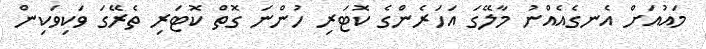
މައުއަށް އެނގެއެއްނު މާލޭގަ އަހަރެންގެ ކޮޓަރި ހުންނަ ގޮތް ކޮޓަރި ތެރޭގަ ވަކިވަކިން